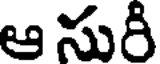
ఆ సురీ